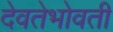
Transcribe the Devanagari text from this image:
देवतेभोवती